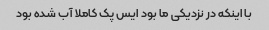
با اینکه در نزدیکی ما بود ایس پک کاملا آب شده بود